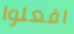
افعلوا